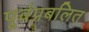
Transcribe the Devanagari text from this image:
पूर्वप्रबलित